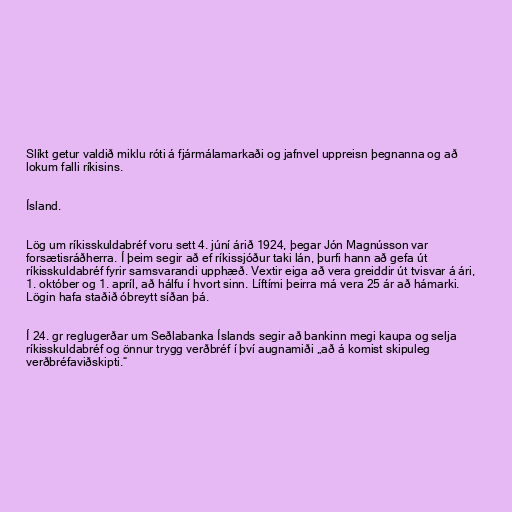
Slíkt getur valdið miklu róti á fjármálamarkaði og jafnvel uppreisn þegnanna og að
lokum falli ríkisins.

Ísland.

Lög um ríkisskuldabréf voru sett 4. júní árið 1924, þegar Jón Magnússon var
forsætisráðherra. Í þeim segir að ef ríkissjóður taki lán, þurfi hann að gefa út
ríkisskuldabréf fyrir samsvarandi upphæð. Vextir eiga að vera greiddir út tvisvar á ári,
1. október og 1. apríl, að hálfu í hvort sinn. Líftími þeirra má vera 25 ár að hámarki.
Lögin hafa staðið óbreytt síðan þá.

Í 24. gr reglugerðar um Seðlabanka Íslands segir að bankinn megi kaupa og selja
ríkisskuldabréf og önnur trygg verðbréf í því augnamiði „að á komist skipuleg
verðbréfaviðskipti.“